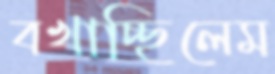
বখাচ্ছিলেম